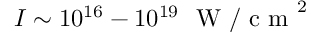
I \sim 1 0 ^ { 1 6 } - 1 0 ^ { 1 9 } \ \textrm { W / c m } ^ { 2 }